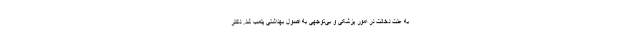
به علت دخالت در امور پزشکی و بی‌توجهی به اصول بهداشتی پلمب شد. دکتر